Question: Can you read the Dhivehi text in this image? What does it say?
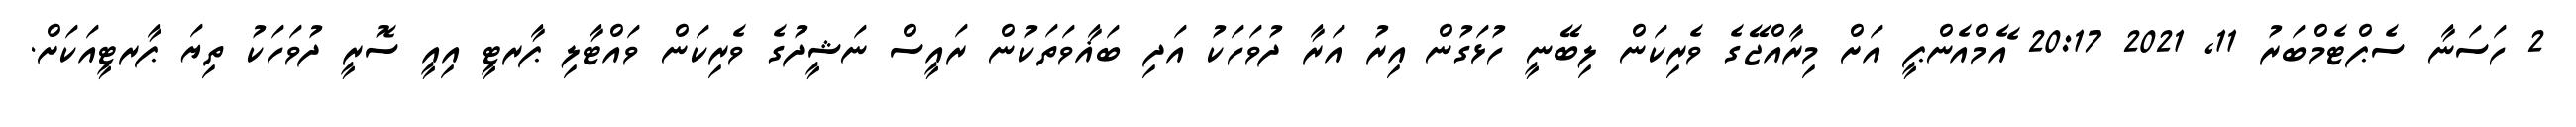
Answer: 2 ހަސަނާ ސެޕްޓެމްބަރު 11, 2021 20:17 ެއެމްއެންޕީ އަށް މިރާއްޖޭގެ ވެރިކަން ލިބޭނީ ހުޅަގުން އިރު އަރާ ދުވަހަކު އަދި ބަޣާވަތަކުން ރައީސް ނަޝީދުގެ ވެރިކަން ވައްޓާލި ޕާރޓީ އިއީ ސޮރީ ދުވަހަކު ތިޔަ ޕާރޓީއަކަށް.